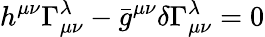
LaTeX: h^{\mu\nu}\Gamma_{\mu\nu}^{\lambda}-\bar{g}^{\mu\nu}\delta\Gamma_{\mu\nu}^{\lambda}=0